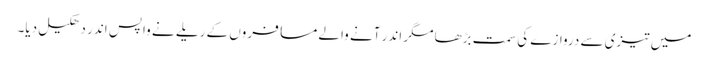
میں تیزی سے دروازے کی سمت بڑھا مگر اندر آنے والے مسافروں کے ریلے نے واپس اندر دھکیل دیا۔